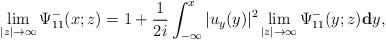
LaTeX: \begin{align*}\lim_{|z|\rightarrow\infty}\Psi^-_{11}(x;z) =1+\frac{1}{2i} \int_{-\infty}^{x}|u_y(y)|^2 \lim_{|z|\rightarrow\infty}\Psi^-_{11}(y;z) \mathbf{d} y,\end{align*}